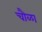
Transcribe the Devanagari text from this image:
चौळा